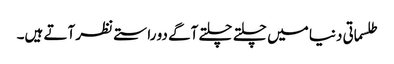
طلسماتی دنیا میں چلتے چلتے آگے دو راستے نظر آتے ہیں۔